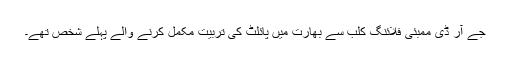
جے آر ڈی ممبئی فلائنگ کلب سے بھارت میں پائلٹ کی تربیت مکمل کرنے والے پہلے شخص تھے۔